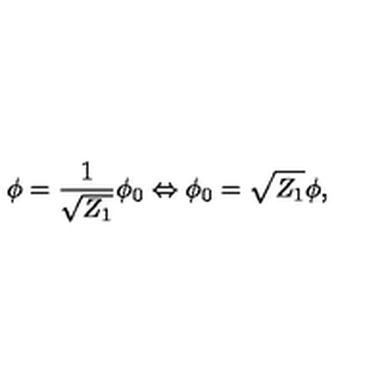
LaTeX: \phi = \frac { 1 } { \sqrt { Z _ { 1 } } } \phi _ { 0 } \Leftrightarrow \phi _ { 0 } = \sqrt { Z _ { 1 } } \phi ,